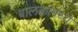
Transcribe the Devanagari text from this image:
बालकांमध्ये